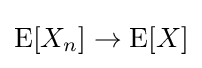
\operatorname {E} [X_{n}]\to \operatorname {E} [X]